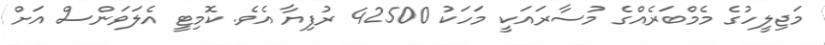
މަޖިލީހުގެ މެމްބަރެއްގެ މުސާރައަކީ މަހަކު 42500 ރުފިޔާ އެވެ. ކޮމިޓީ އެލަވަންސް އަށް